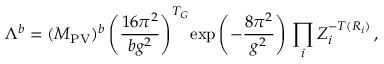
\Lambda ^ { b } = ( M _ { \mathrm { P V } } ) ^ { b } \left( \frac { 1 6 \pi ^ { 2 } } { b g ^ { 2 } } \right) ^ { T _ { G } } \! \exp \left( - \frac { 8 \pi ^ { 2 } } { g ^ { 2 } } \right) \, \prod _ { i } Z _ { i } ^ { - T ( R _ { i } ) } \, ,